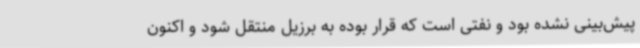
پیش‌بینی نشده بود و نفتی است که قرار بوده به برزیل منتقل شود و اکنون